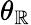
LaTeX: \theta_{\mathbb{R}}